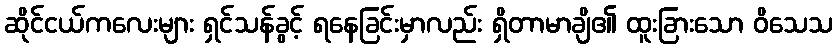
ဆိုင်ငယ်ကလေးများ ရှင်သန်ခွင့် ရနေခြင်းမှာလည်း ရှိတာမာချိ၏ ထူးခြားသော ဝိသေသ